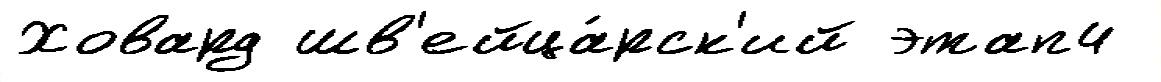
Ховард шв'ейца́рск'ий этап4